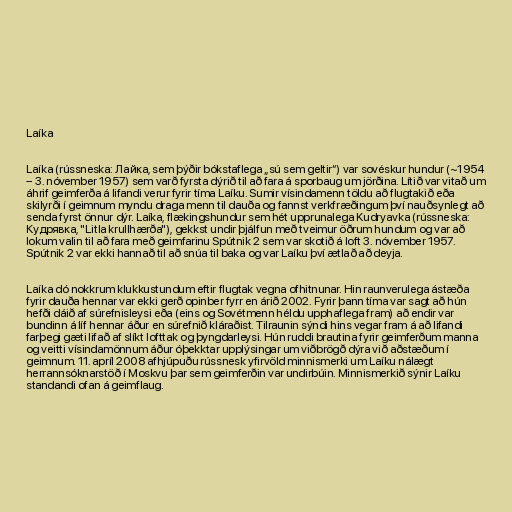
Laíka

Laíka (rússneska: Лайка, sem þýðir bókstaflega „sú sem geltir“) var sovéskur hundur (~1954
– 3. nóvember 1957) sem varð fyrsta dýrið til að fara á sporbaug um jörðina. Lítið var vitað um
áhrif geimferða á lifandi verur fyrir tíma Laíku. Sumir vísindamenn töldu að flugtakið eða
skilyrði í geimnum myndu draga menn til dauða og fannst verkfræðingum því nauðsynlegt að
senda fyrst önnur dýr. Laíka, flækingshundur sem hét upprunalega Kudryavka (rússneska:
Кудрявка, "Litla krullhærða"), gekkst undir þjálfun með tveimur öðrum hundum og var að
lokum valin til að fara með geimfarinu Spútnik 2 sem var skotið á loft 3. nóvember 1957.
Spútnik 2 var ekki hannað til að snúa til baka og var Laíku því ætlað að deyja.

Laíka dó nokkrum klukkustundum eftir flugtak vegna ofhitnunar. Hin raunverulega ástæða
fyrir dauða hennar var ekki gerð opinber fyrr en árið 2002. Fyrir þann tíma var sagt að hún
hefði dáið af súrefnisleysi eða (eins og Sovétmenn héldu upphaflega fram) að endir var
bundinn á líf hennar áður en súrefnið kláraðist. Tilraunin sýndi hins vegar fram á að lifandi
farþegi gæti lifað af slíkt lofttak og þyngdarleysi. Hún ruddi brautina fyrir geimferðum manna
og veitti vísindamönnum áður óþekktar upplýsingar um viðbrögð dýra við aðstæðum í
geimnum. 11. apríl 2008 afhjúpuðu rússnesk yfirvöld minnismerki um Laíku nálægt
herrannsóknarstöð í Moskvu þar sem geimferðin var undirbúin. Minnismerkið sýnir Laíku
standandi ofan á geimflaug.